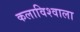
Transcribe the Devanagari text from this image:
कलाविश्वाला